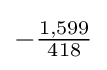
-{\tfrac {1,599}{418}}